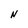
Character: N